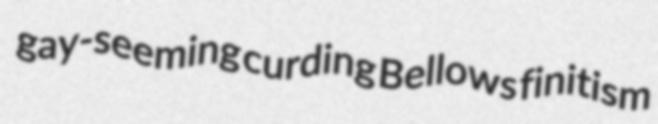
gay-seeming curding Bellows finitism